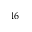
^ { 1 6 }